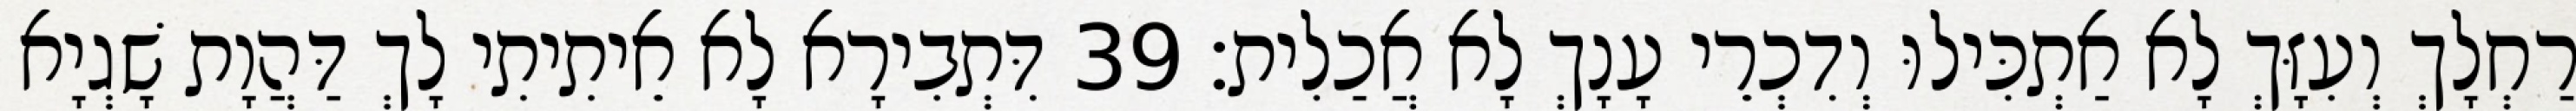
רַחְלָךְ וְעִזָּךְ לָא אַתְכִּילוּ וְדִכְרֵי עָנָךְ לָא אֲכַלִית׃ 39 דִּתְבִירָא לָא אֵיתִיתִי לָךְ דַּהֲוָת שָׁגְיָא